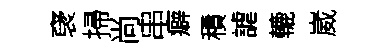
裦掃尚串癖積謔轆崴